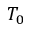
T _ { 0 }